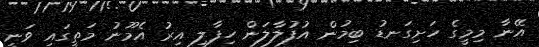
އޭނާ މިމީގެ ހަށިގަނޑު ބިމުން އުފުލާލަން ހިފާލި އިރު އެމޫނު މަތީގައި ވަނީ